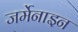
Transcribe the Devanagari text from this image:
जर्मेनाइन